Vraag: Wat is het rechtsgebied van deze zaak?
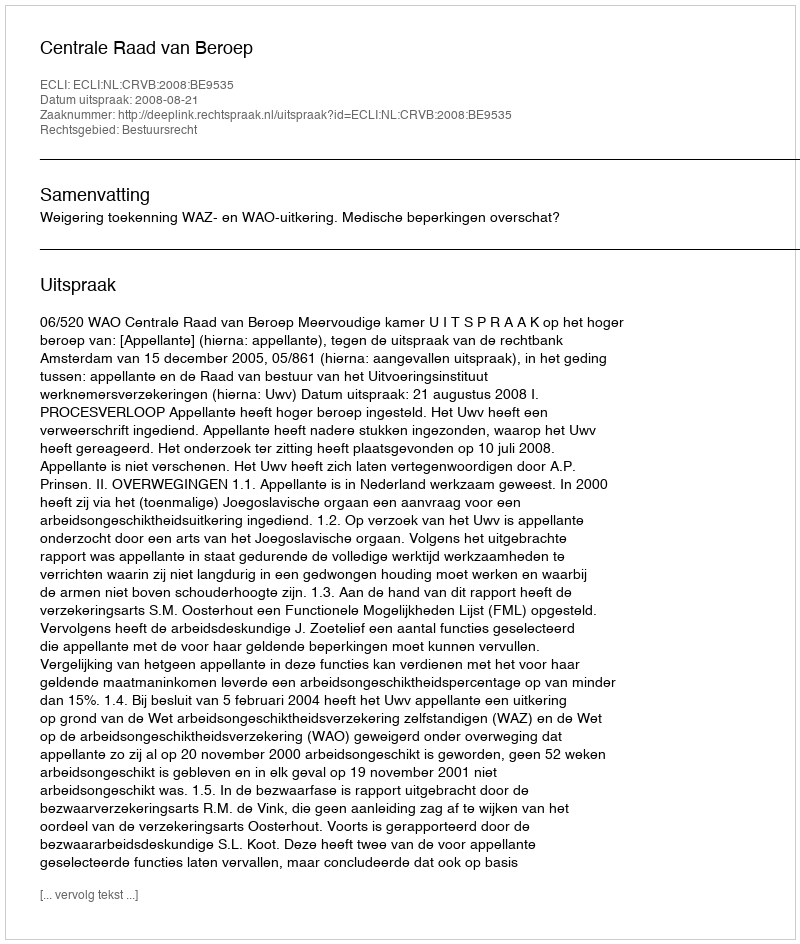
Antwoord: Bestuursrecht